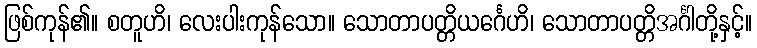
ဖြစ်ကုန်၏။ စတူဟိ၊ လေးပါးကုန်သော။ သောတာပတ္တိယင်္ဂေဟိ၊ သောတာပတ္တိအင်္ဂါတို့နှင့်။